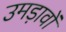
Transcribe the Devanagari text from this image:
उमड़ावों